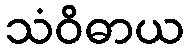
သံဝိဓာယ